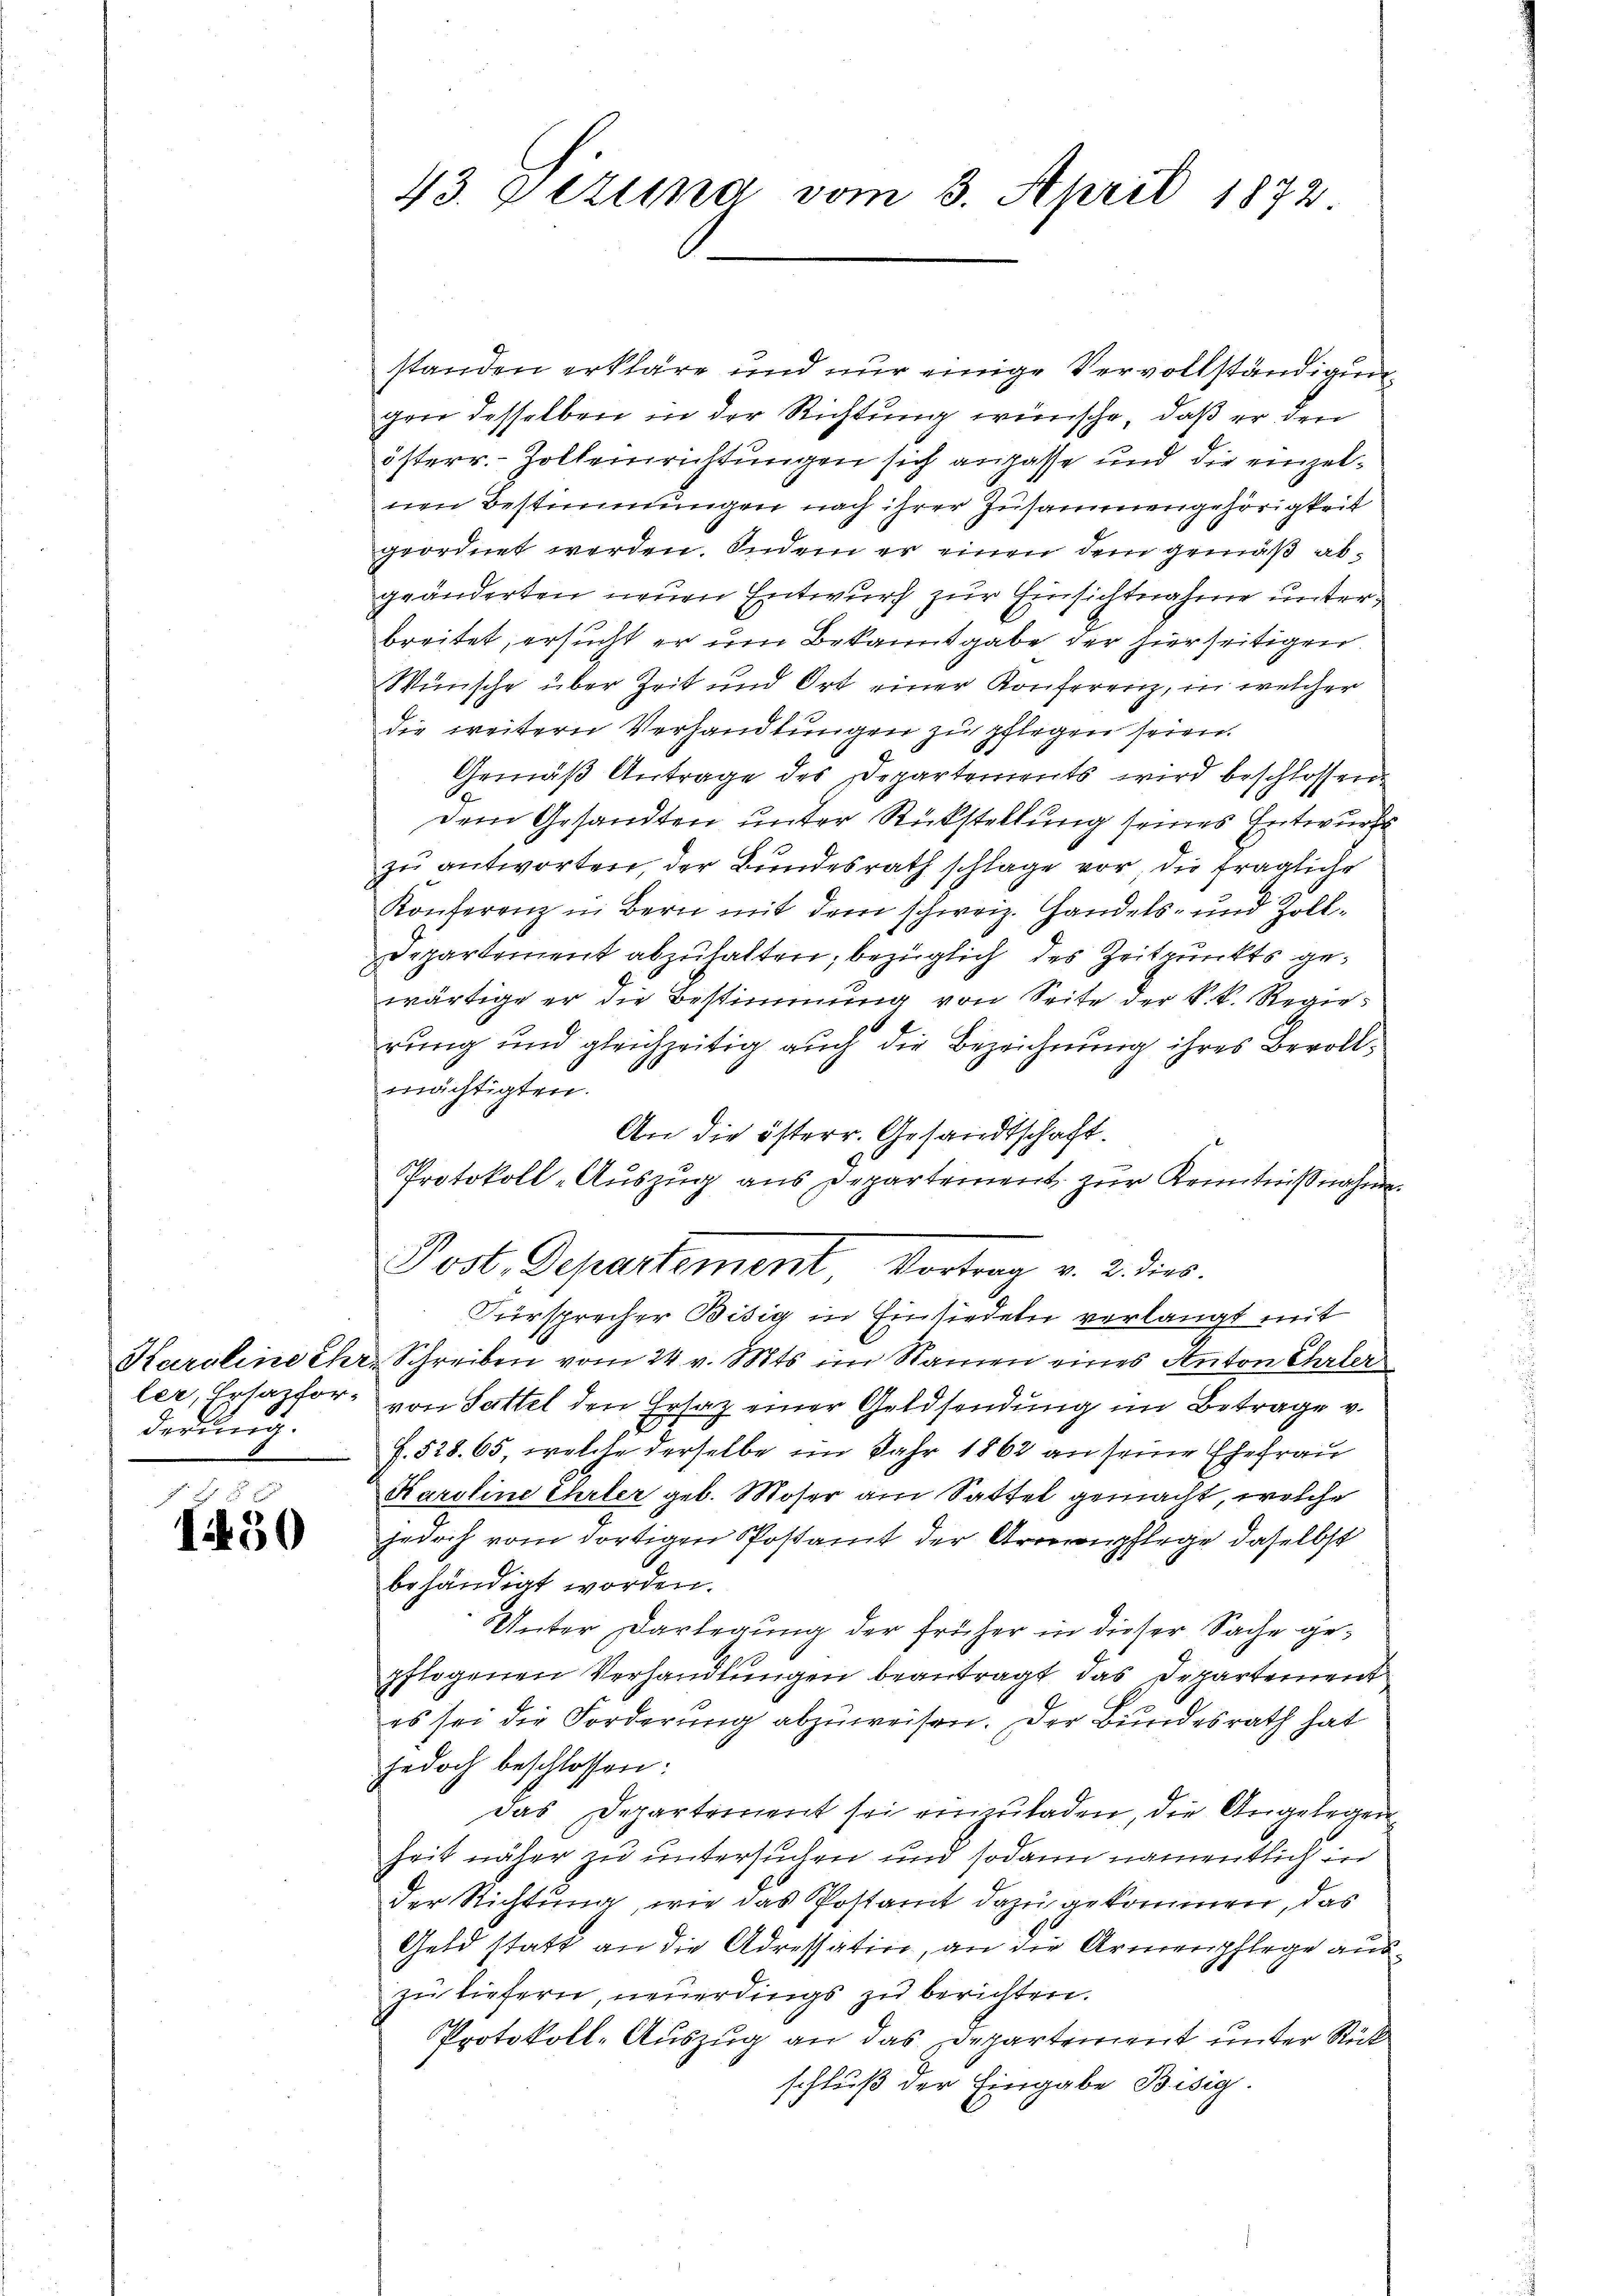
Karoline Ehr
ler Ersazfor-
derung.

I450

43. Sekund vom 3. April 1872

standen erkläre und nur einige Vervollständigungen desselben in der Richtung wünsche, daß er den
österr. Zolleinrichtungen sich anpasse und die einzelnen Bestimmungen nach ihrer Zusammengehörigkeit
geordnet werden. Indem er einen dem gemäß abgeänderten neuen Entwurf zur Einsichtnahme unterbreitet, ersucht er um Bekanntgabe der hierseitigen.
Wünsche über Zeit und Ort einer Konferenz, in welcher
die weitern Verhandlungen zu pflegen seien.
Gemäß Antrage des Departements wird beschlossen.
Dem Gesandten unter Rückstellung seines Entwurfs
zu antworten, der Bundesrath schlage vor, die fragliche
Konferenz in Bern mit dem schweiz. Handels- und Zoll¬
Departement abzuhalten, bezüglich des Zeitpunkts gewärtige er die Bestimmung von Seite der k. k. Regierung und gleichzeitig auch die Bezeichnung ihres Bevollmächtigten.
An die österr. Gesandtschaft.
Protokoll-Auszug aus Departement zur Kenntnißnahme.
Post. Departement Vortrag v. 2. dies
Fürsprecher Bisig in Einsiedeln verlangt mit
u Schreiben vom 24 v. Mts. im Namen eines Anton Ehrler
von Sattel den Ersatz einer Geldsendung im Betrage v.
f. 528. 65, welche derselbe im Jahr 1862 an seine Ehefrau
Karoline Ehrler geb. Moser am Sattel gemacht, welche
jedoch vom dortigen Postamt der Armenpflege daselbst
behändigt worden.
Unter Darlegung der früher in dieser Sache gepflogenen Verhandlungen beantragt das Departement
es sei die Forderung abzuweisen. Der Bundesrath hat
jedoch beschlossen:
das Departement sei einzuladen, die Angelegen
Zeit näher zu untersuchen und sodann namentlich in
der Richtung, wie das Postamt dazu gekommen, das
Geld statt an die Adressation, an die Armenpflege auszu liefern, neuerdings zu berichten.
Protokoll-Auszug an das Departement unter Rückschluß der Eingabe Bisig.